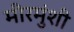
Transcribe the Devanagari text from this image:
मीरमुंशी